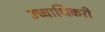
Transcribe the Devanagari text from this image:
उच्चाधिकरी